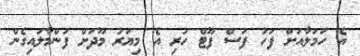
އެ ހަމަލާއަށް ފަހު ފަސް ފޫޓް ހުރި އެ މިޔަރު މޫދަށް ފުންމާލައިގެން